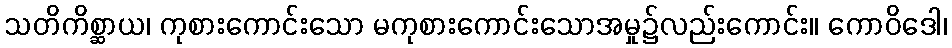
သတိကိစ္ဆာယ၊ ကုစားကောင်းသော မကုစားကောင်းသောအမှု၌လည်းကောင်း။ ကောဝိဒေါ၊